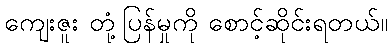
ကျေးဇူး တုံ့ပြန်မှုကို စောင့်ဆိုင်းရတယ်။